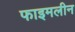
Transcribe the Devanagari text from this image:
फाइमलीन